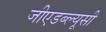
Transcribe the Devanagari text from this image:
जीएडब्ल्यूसी